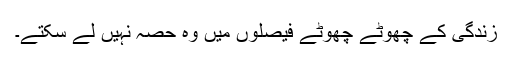
زندگی کے چھوٹے چھوٹے فیصلوں میں وہ حصہ نہیں لے سکتے۔